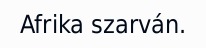
Afrika szarván.